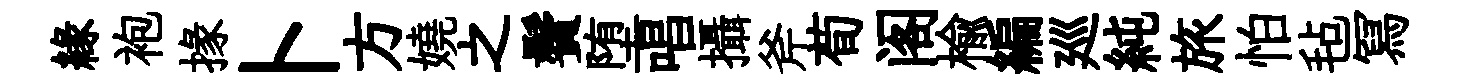
緣袍掾卜方嬈之鬢堕唱攝斧荀阁楡編廵純旅怕毡冩